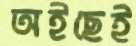
অইছেই